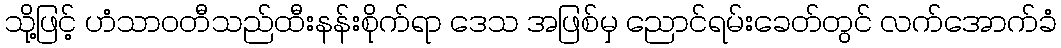
သို့ဖြင့် ဟံသာဝတီသည်ထီးနန်းစိုက်ရာ ဒေသ အဖြစ်မှ ညောင်ရမ်းခေတ်တွင် လက်အောက်ခံ